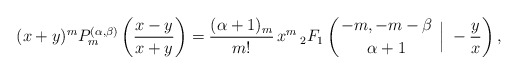
\begin{align*} (x+y)^{m}P_{m}^{(\alpha,\beta)}\left(\frac{x-y}{x+y}\right)=\frac{(\alpha+1)_{m}}{m!}\,x^{m}\, {}_2F_{1}\left( \genfrac{}{}{0pt}{}{-m,-m-\beta}{\alpha+1} \;\Big \rvert \; -\frac{y}{x} \right),\end{align*}